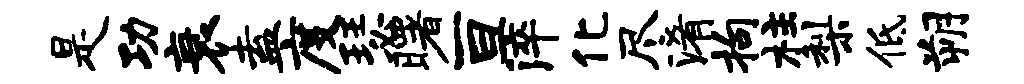
是功衰盍度瑟曙亘淬化尽淆拘柱梨低朔